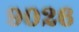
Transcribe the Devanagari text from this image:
९०२६